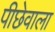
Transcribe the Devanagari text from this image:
पीछेवाला